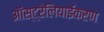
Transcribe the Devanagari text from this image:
ऑस्ट्रेलियाईकरण